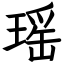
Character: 瑶